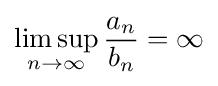
\limsup _{n\to \infty }{\frac {a_{n}}{b_{n}}}=\infty